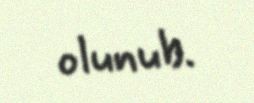
olunub.